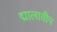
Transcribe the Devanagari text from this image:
द्मालावीप